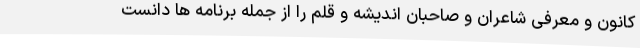
کانون و معرفی شاعران و صاحبان اندیشه و قلم را از جمله برنامه ها دانست